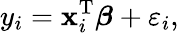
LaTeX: y_{i}=\mathbf{x}_{i}^{\mathrm{{T}}}{\boldsymbol{\beta}}+\varepsilon_{i},